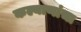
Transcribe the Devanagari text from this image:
कल्याणांचा